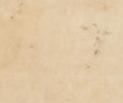
へ